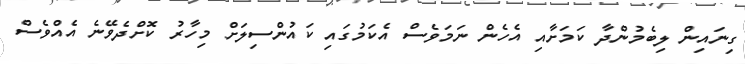
ގިނައިން ލިބެމުންދާ ކަމަށާއި އެހެން ނަމަވެސް އެކަމުގައި ކައުންސިލަށް މިހާރު ކޮށްދެވޭނެ އެއްވެސް